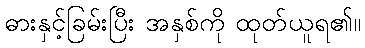
ဓားနှင့်ခြမ်းပြီး အနှစ်ကို ထုတ်ယူရ၏။